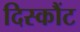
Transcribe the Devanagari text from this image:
दिस्कौंट